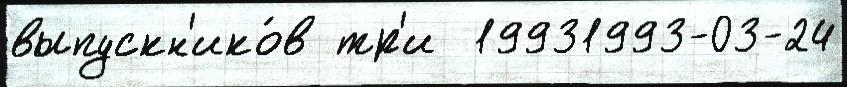
выпускн'ико́в тр'и  19931993-03-24